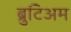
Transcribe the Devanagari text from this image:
ब्रुटिअम